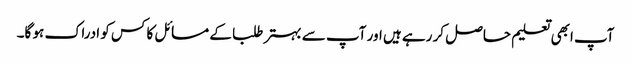
آپ ابھی تعلیم حاصل کر رہے ہیں اور آپ سے بہتر طلبا کے مسائل کا کس کو ادراک ہو گا۔